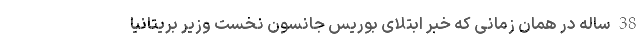
38 ساله در همان زمانی که خبر ابتلای بوریس جانسون نخست وزیر بریتانیا